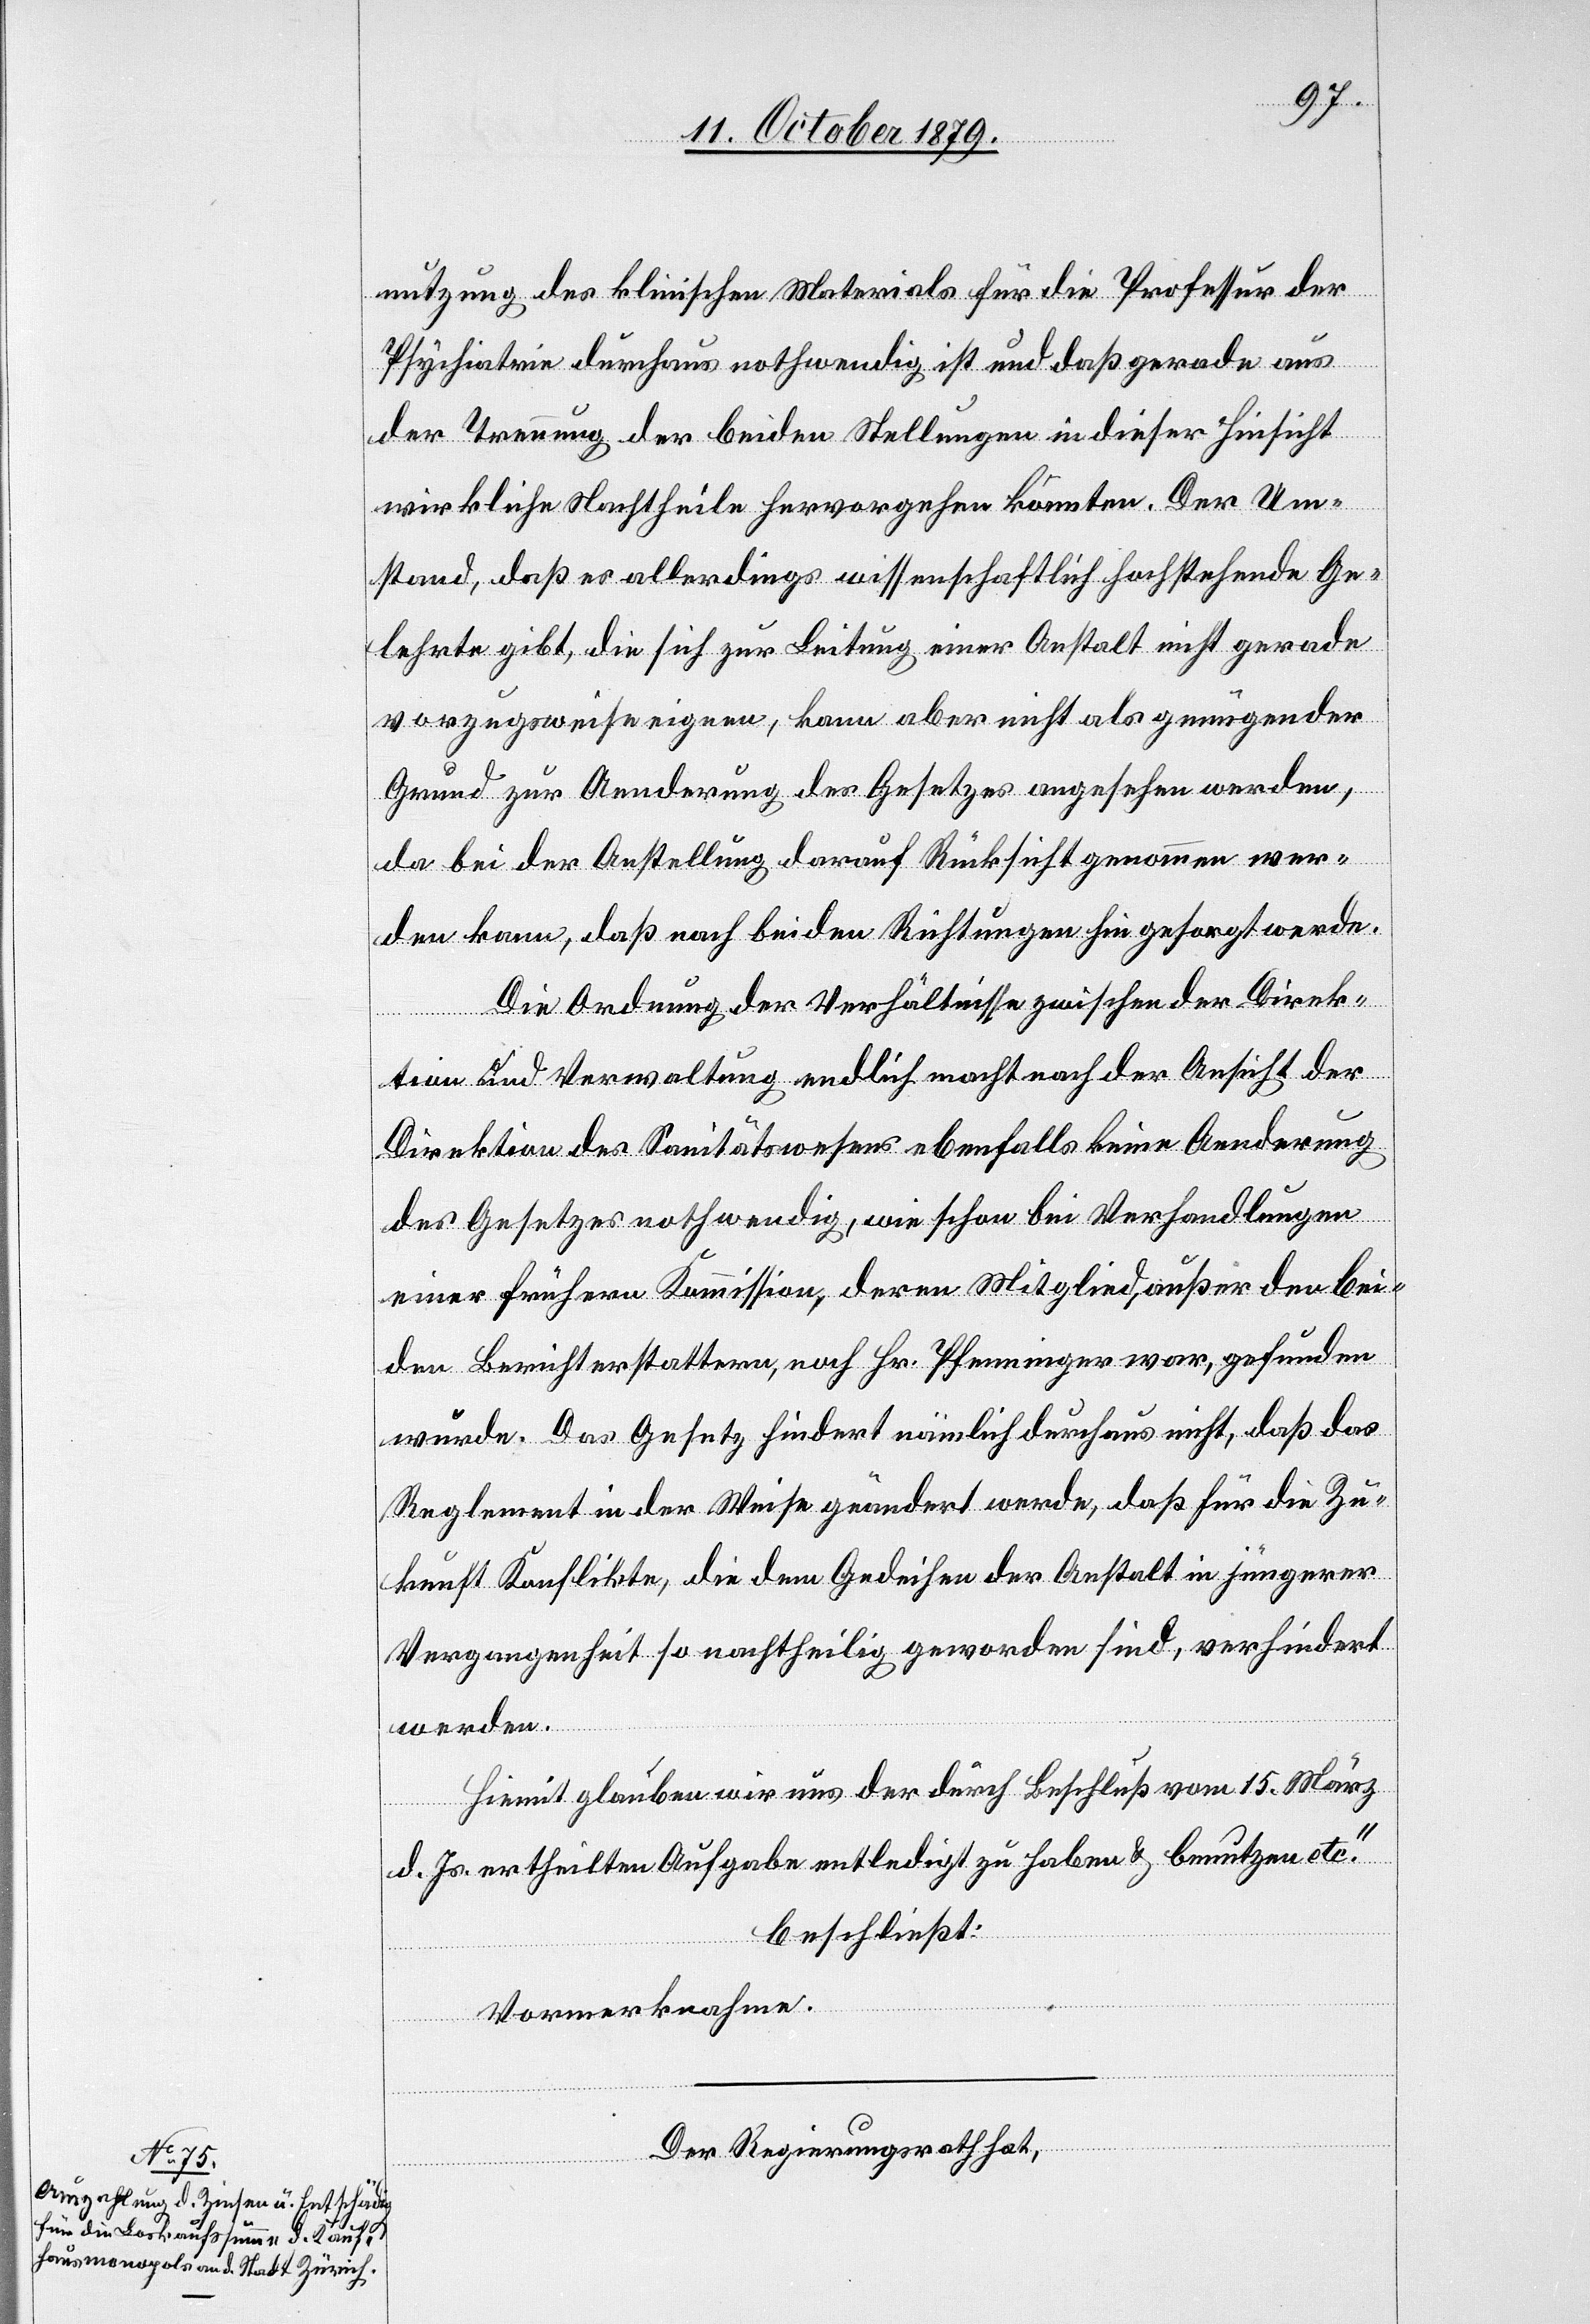
nutzung des klinischen Materials für die Professur der
Psychiatrie durchaus nothwendig ist und daß gerade aus
der Trennung der beiden Stellungen in dieser Hinsicht
wirkliche Nachtheile hervorgehen könnten. Der Um¬
stand, daß es allerdings wissenschaftlich hochstehende Ge¬
lehrte gibt, die sich zur Leitung einer Anstalt nicht gerade
vorzugsweise eignen, kann aber nicht als genügender
Grund zur Aenderung des Gesetzes angesehen werden,
da bei der Anstellung darauf Rücksicht genommen wer¬
den kann, daß nach beiden Richtungen hin gesorgt werde.
Die Ordnung der Verhältnisse zwischen der Ans¬
icht
tion und Verwaltung endlich macht nach der Ansicht der
Direktion des Sanitätswesens ebenfalls keine Aenderung
des Gesetzes nothwendig wie schon bei Verhandlungen
einer früheren Kommission, deren Mitglied, außer den bei¬
den Berichterstattern, noch Hr. Pfenninger war, gefunden
wurde. Das Gesetz hindert nämlich durchaus nicht, daß das
Reglement in der Weise geändert werde, daß für die Zu¬
kunft Konflikte, die dem Gedeihen der Anstalt in jüngerer
Vergangenheit so nachtheilig geworden sind, verhindert
werden.
Hiemit glauben wir uns der durch Beschluß vom 15. März
d. Js. ertheilten Aufgabe entledigt zu haben & benutzen etc.“
beschließt:
Vormerknahme.
der Direk¬
Der Regierungsrath hat,